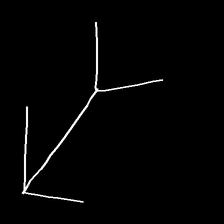
Glyph: gather